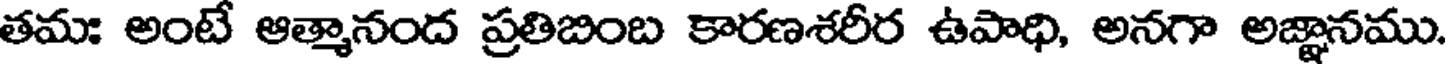
తమః అంటే ఆత్మానంద ప్రతిబింబ కారణశరీర ఉపాధి, అనగా అజ్ఞానము